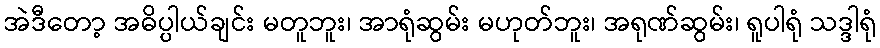
အဲဒီတော့ အဓိပ္ပါယ်ချင်း မတူဘူး၊ အာရုံဆွမ်း မဟုတ်ဘူး၊ အရုဏ်ဆွမ်း၊ ရူပါရုံ သဒ္ဒါရုံ